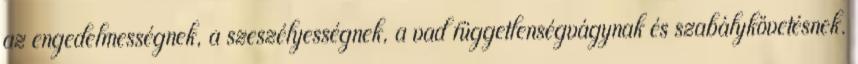
az engedelmességnek, a szeszélyességnek, a vad függetlenségvágynak és szabálykövetésnek.